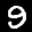
Label: 9